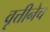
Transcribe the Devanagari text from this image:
वृत्तीनेच